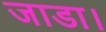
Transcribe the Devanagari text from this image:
जाडा।